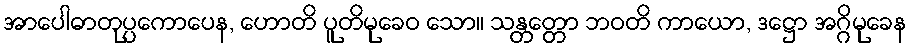
အာပေါဓာတုပ္ပကောပေန, ဟောတိ ပူတိမုခေဝ သော။ သန္တတ္တော ဘဝတိ ကာယော, ဒဋ္ဌော အဂ္ဂိမုခေန